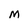
Character: m